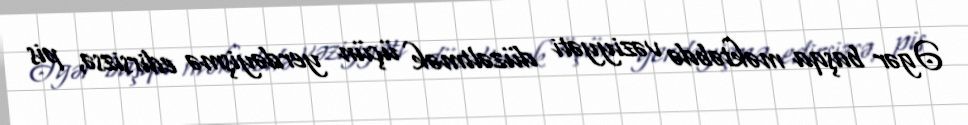
Əgər başqa məktəbdə vəziyyəti düzəltmək üçün yerdəyişmə edirsizsə, pis